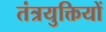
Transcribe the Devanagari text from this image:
तंत्रयुक्तियों